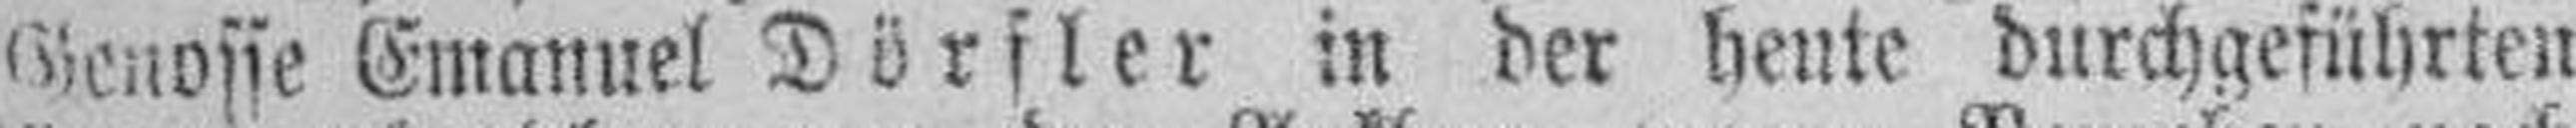
Genosse Emanuel Dörfler in der heute durchgeführten